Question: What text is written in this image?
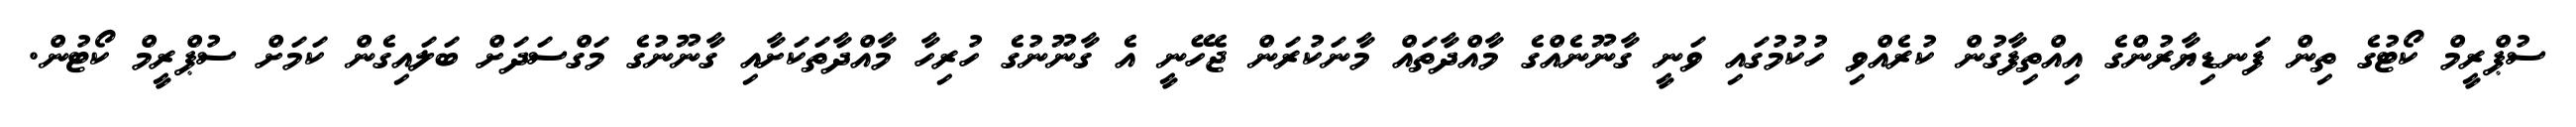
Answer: ސުޕްރީމް ކޯޓުގެ ތިން ފަނޑިޔާރުންގެ އިއްތިފާގުން ކުރެއްވި ހުކުމުގައި ވަނީ ގާނޫނެއްގެ މާއްދާތައް މާނަކުރަން ޖެހޭނީ އެ ގާނޫނުގެ ހުރިހާ މާއްދާތަކަށާއި ގާނޫނުގެ މަގްސަދަށް ބަލައިގެން ކަމަށް ސުޕްރީމް ކޯޓުން.